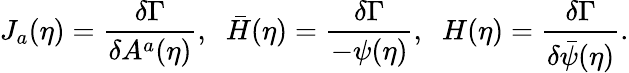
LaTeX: J_{a}(\eta)=\frac{\delta\Gamma}{\delta A^{a}(\eta)},\; \; \bar{H}(\eta)=\frac{\delta\Gamma}{-\psi(\eta)},\; \; H(\eta)=\frac{\delta\Gamma}{\delta\bar{\psi}(\eta)}.